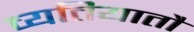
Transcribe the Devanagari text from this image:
व्यतियातौ